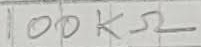
Text: 100KΩ